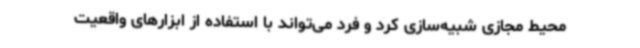
محیط مجازی شبیه‌سازی کرد و فرد می‌تواند با استفاده از ابزارهای واقعیت